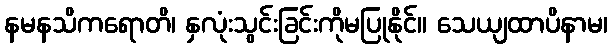
နမနသိကရောတိ၊ နှလုံးသွင်းခြင်းကိုမပြုနိုင်။ သေယျထာပိနာမ၊